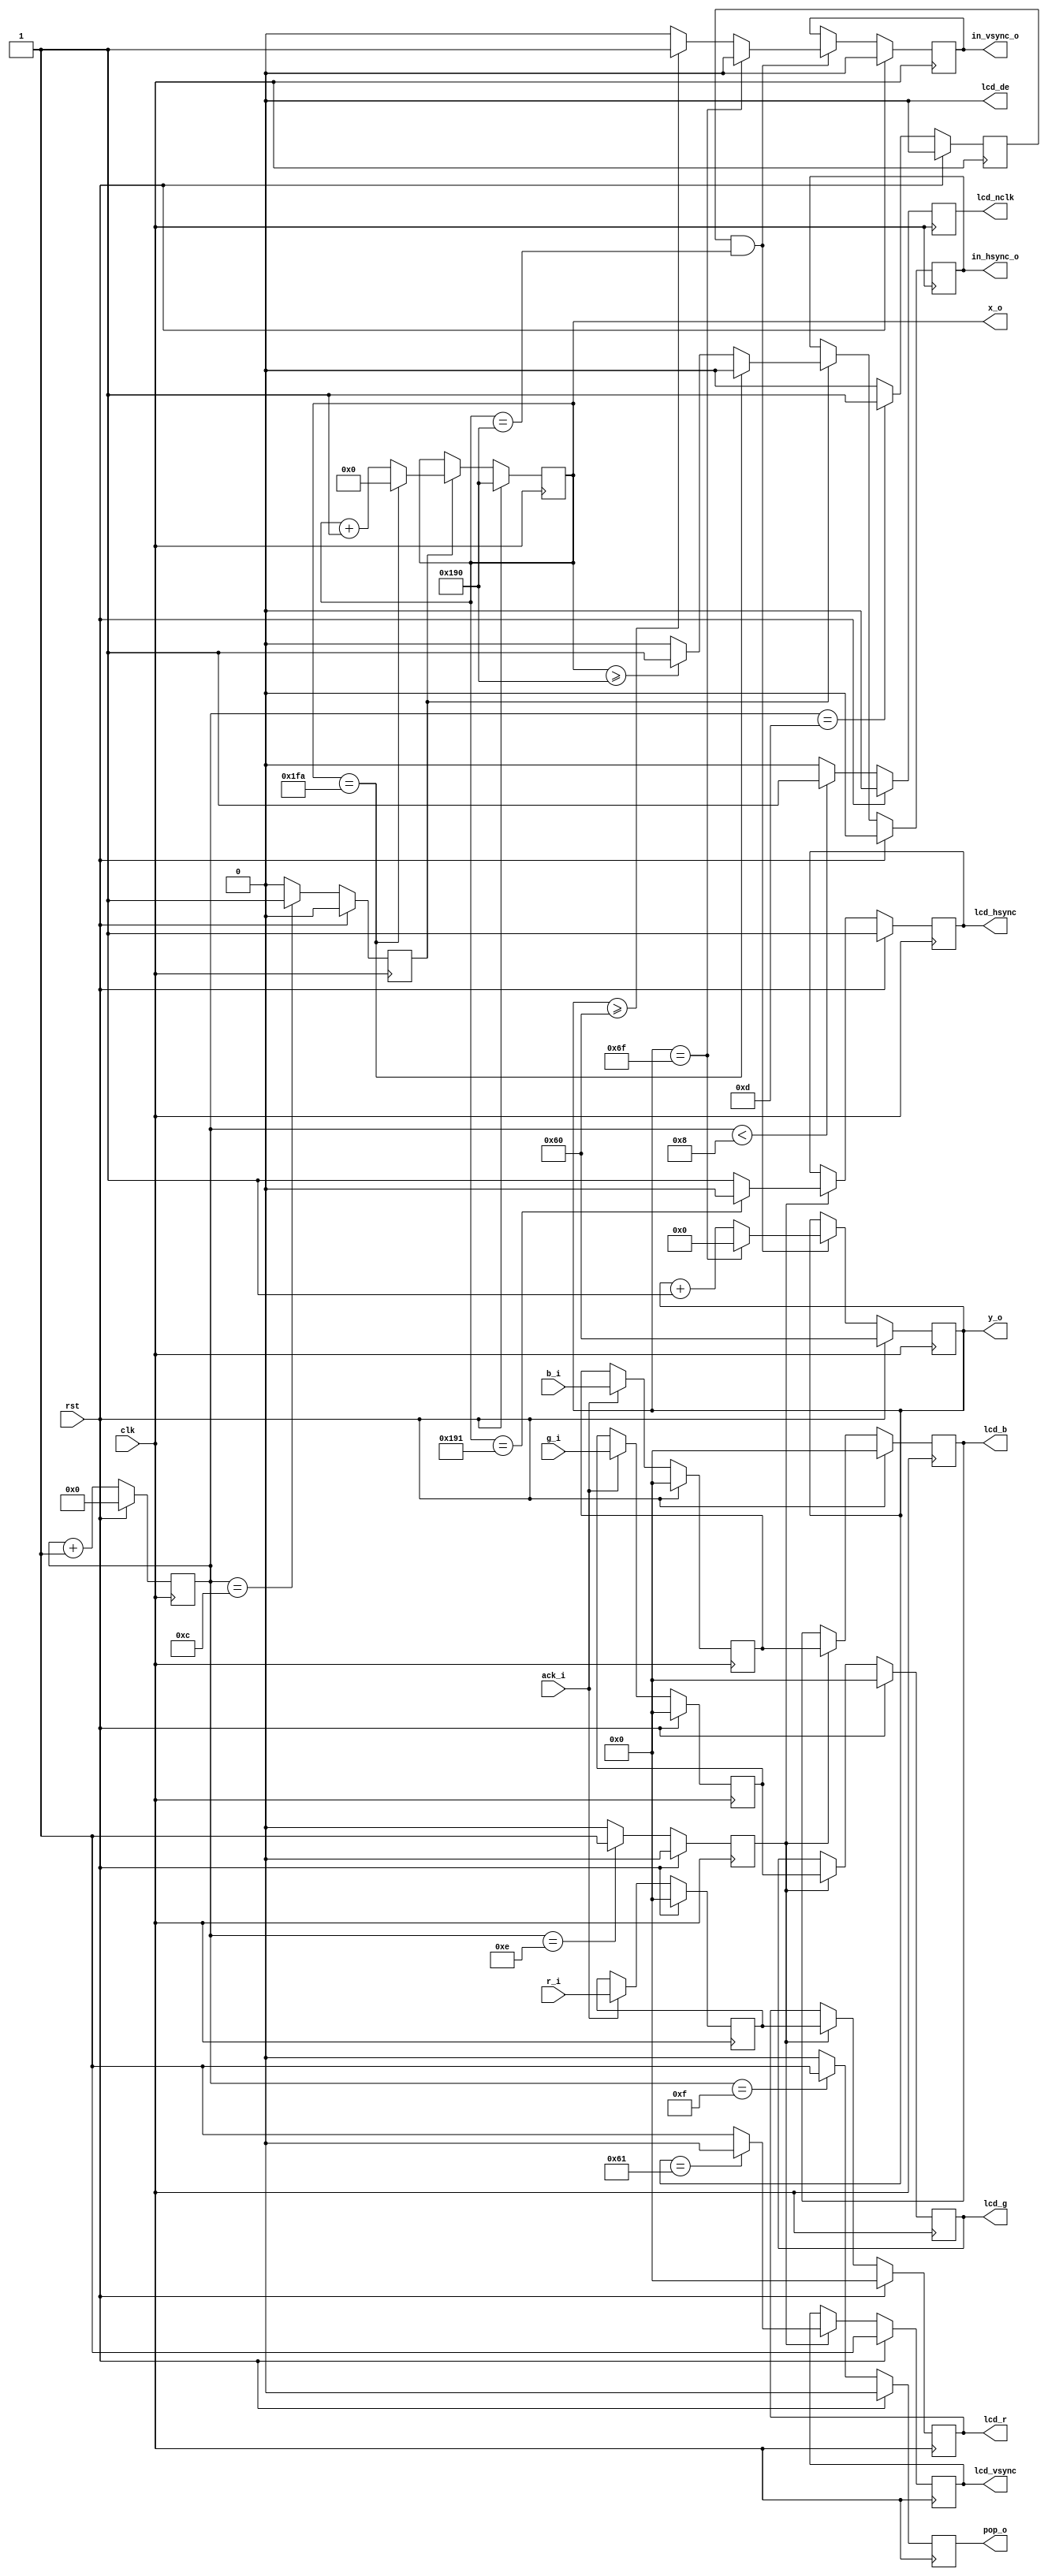
module lcdc(
    input wire clk, 
    input wire rst,
    output wire [8:0] x_o,
    output wire [6:0] y_o,
    output wire in_vsync_o,
    output wire in_hsync_o,
    output wire pop_o,
    input wire [5:0] r_i,
    input wire [5:0] g_i,
    input wire [5:0] b_i,
    input wire ack_i,
    output wire [5:0] lcd_r,
    output wire [5:0] lcd_g,
    output wire [5:0] lcd_b,
    output wire lcd_vsync,
    output wire lcd_hsync,
    output wire lcd_nclk,
    output wire lcd_de);
reg [3:0] counter_ff;
always @(posedge clk) begin
    if (rst) begin
        counter_ff <= 4'h0;
    end else begin
        counter_ff <= counter_ff + 1;
    end
end
reg send_req_ff;
reg update_x_ff;
reg update_y_ff;
reg update_data_ff;
always @(posedge clk) begin
    if (rst) begin
        send_req_ff <= 1'b0;
        update_x_ff <= 1'b0;
        update_y_ff <= 1'b0;
        update_data_ff <= 1'b0;
    end else begin
        if (counter_ff == 4'hf)
            send_req_ff <= 1'b1;
        else
            send_req_ff <= 1'b0;
        if (counter_ff == 4'hc)
            update_x_ff <= 1'b1;
        else
            update_x_ff <= 1'b0;
        if (counter_ff == 4'hd)
            update_y_ff <= 1'b1;
        else
            update_y_ff <= 1'b0;
        if (counter_ff == 4'he)
            update_data_ff <= 1'b1;
        else
            update_data_ff <= 1'b0;
    end
end
wire send_req = send_req_ff;
wire update_x = update_x_ff;
wire update_y = update_y_ff;
wire update_data = update_data_ff;
reg lcd_nclk_ff;
always @(posedge clk) begin
    if (rst)
        lcd_nclk_ff <= 1'b0;
    else begin
        if (counter_ff < 4'h8)
            lcd_nclk_ff <= 1'b1;
        else
            lcd_nclk_ff <= 1'b0;
    end
end
reg [8:0] curr_x_ff;
reg in_hsync_ff;
always @(posedge clk) begin
    if (rst) begin
        curr_x_ff <= 9'd400;
        in_hsync_ff <= 1'b0;
    end else begin
        if (update_x) begin
            if (curr_x_ff == 9'd506) begin
                curr_x_ff <= 9'd000;
                in_hsync_ff <= 0;
            end else begin
                curr_x_ff <= curr_x_ff + 1;
                in_hsync_ff <= (curr_x_ff >= 9'd400) ? 1'b1 : 1'b0;
            end
        end
    end
end
reg lcd_hsync_ff;
always @(posedge clk) begin
    if (rst)
        lcd_hsync_ff <= 1'b1;
    else begin
        if (update_data) begin
            if (curr_x_ff == 9'd401)
                lcd_hsync_ff <= 1'b0;
            else
                lcd_hsync_ff <= 1'b1;
        end
    end
end
reg [6:0] curr_y_ff;
reg in_vsync_ff;
always @(posedge clk) begin
    if (rst) begin
        curr_y_ff <= 7'd96;
        in_vsync_ff <= 1'b0;
    end else begin
        if (update_y && curr_x_ff == 9'd400) begin
            if (curr_y_ff == 7'd111) begin
                curr_y_ff <= 7'd0;
                in_vsync_ff <= 1'b0;
            end else begin
                curr_y_ff <= curr_y_ff + 1;
                in_vsync_ff <= (curr_y_ff >= 7'd96) ? 1'b1 : 1'b0;
            end
        end
    end
end
reg lcd_vsync_ff;
always @(posedge clk) begin
    if (rst)
        lcd_vsync_ff <= 1'b1;
    else begin
        if (update_data) begin
            if (curr_y_ff == 7'd97)
                lcd_vsync_ff <= 1'b0;
            else
                lcd_vsync_ff <= 1'b1;
        end
    end
end
assign x_o = curr_x_ff;
assign y_o = curr_y_ff;
assign in_hsync_o = in_hsync_ff;
assign in_vsync_o = in_vsync_ff;
assign pop_o = send_req;
reg [5:0] lcd_r_pending_ff;
reg [5:0] lcd_g_pending_ff;
reg [5:0] lcd_b_pending_ff;
always @(posedge clk) begin
    if (rst) begin
        lcd_r_pending_ff <= 6'h00;
        lcd_g_pending_ff <= 6'h00;
        lcd_b_pending_ff <= 6'h00;
    end else if (ack_i) begin
        lcd_r_pending_ff <= r_i;
        lcd_g_pending_ff <= g_i;
        lcd_b_pending_ff <= b_i;
    end
end
reg [5:0] lcd_r_ff;
reg [5:0] lcd_g_ff;
reg [5:0] lcd_b_ff;
always @(posedge clk) begin
    if (rst) begin
        lcd_r_ff <= 6'h00;
        lcd_g_ff <= 6'h00;
        lcd_b_ff <= 6'h00;
    end else if (update_data) begin
        lcd_r_ff <= lcd_r_pending_ff;
        lcd_g_ff <= lcd_g_pending_ff;
        lcd_b_ff <= lcd_b_pending_ff;
    end
end
assign lcd_de = 1'b0;
assign lcd_vsync = lcd_vsync_ff;
assign lcd_hsync = lcd_hsync_ff;
assign lcd_nclk = lcd_nclk_ff;
assign lcd_r[5:0] = lcd_r_ff;
assign lcd_g[5:0] = lcd_g_ff;
assign lcd_b[5:0] = lcd_b_ff;
endmodule